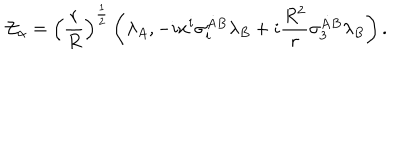
{ \cal Z } _ { \alpha } = \left( { \frac { r } { R } } \right) ^ { \frac { 1 } { 2 } } \left( \lambda _ { A } , - i x ^ { i } \sigma _ { i } ^ { \dot { A } B } \lambda _ { B } + i { \frac { R ^ { 2 } } { r } } \sigma _ { 3 } ^ { \dot { A } B } \lambda _ { B } \right) .